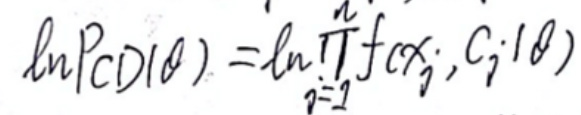
\[
\ln P_{C D}(\theta)=\ln \prod_{i = 1}^{n} f(x_{i}, c_{i} ; \theta)
\]